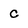
Character: c